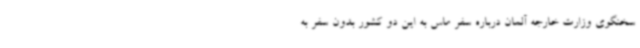
سخنگوی وزارت خارجه آلمان درباره سفر ماس به این دو کشور بدون سفر به